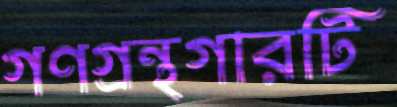
গণগ্রন্থগারটি